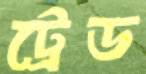
ট্রেড